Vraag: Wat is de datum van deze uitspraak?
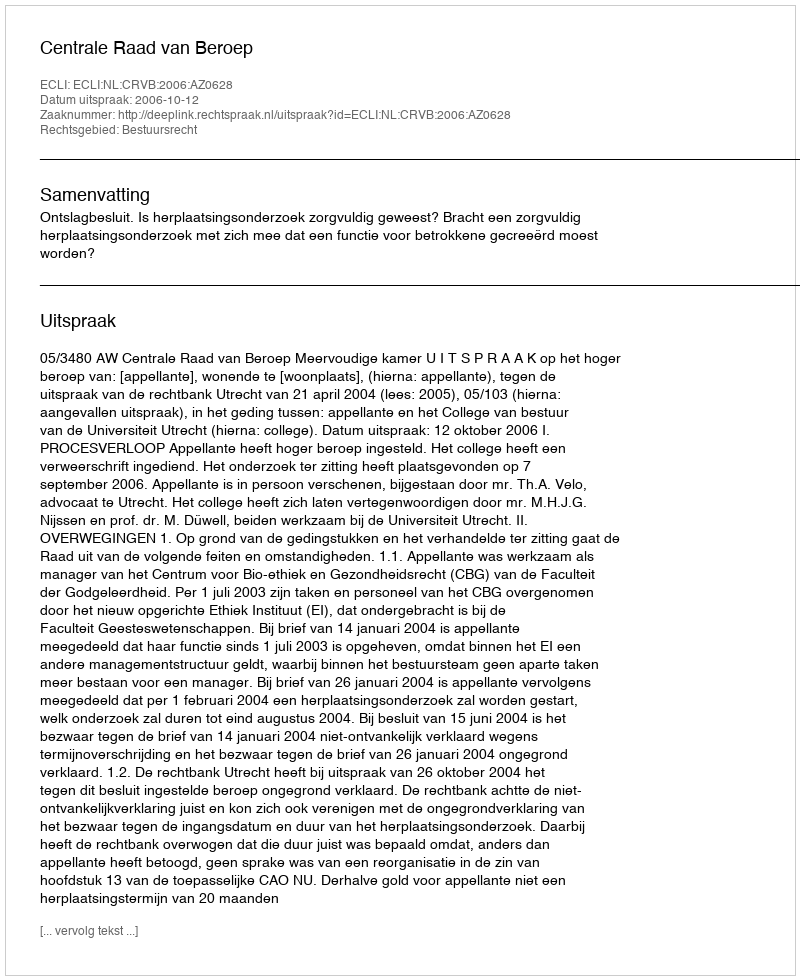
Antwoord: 2006-10-12